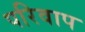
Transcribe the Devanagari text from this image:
परिवाप